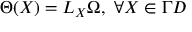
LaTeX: \Theta ( X ) = { L _ { X } } \Omega , \ \forall X \in \Gamma { \cal D }